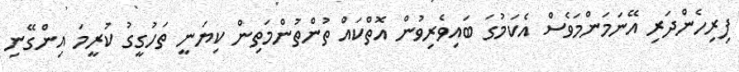
ފިރިހެންދަރި އޭނަމަންމަވެސް އެކަމުގަ ބައިވެރިވުން އޮތްކައް ތުންތުންމަތިން ކިޔަނީ ތަހުގީގު ކުރީމަ އިންގޭނި